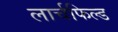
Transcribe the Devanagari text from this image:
लार्चफिल्ड